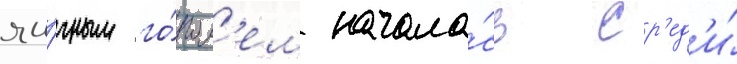
яи́чным го́гол'ем начала́сь ср'ед'и́